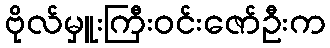
ဗိုလ်မှူးကြီးဝင်းဇော်ဦးက